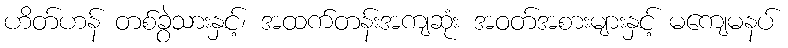
ဟိတ်ဟန် တစ်ခွဲသားနှင့်၊ အထက်တန်းအကျဆုံး အဝတ်အစားများနှင့် မကျေမနပ်